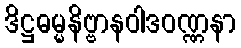
ဒိဋ္ဌဓမ္မနိဗ္ဗာနဝါဒဝဏ္ဏနာ